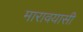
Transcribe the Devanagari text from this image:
मारावयासी